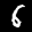
Label: 6